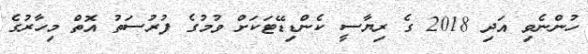
ހުންނެވި އަދި 2018 ގެ ރިޔާސީ ކެންޑިޑޭޓަކަށް ވުމުގެ ފުރުސަތު އޮތް މިހާރުގެ